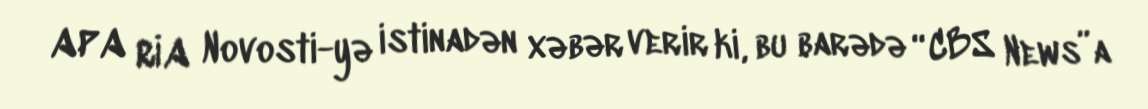
APA RİA Novosti-yə istinadən xəbər verir ki, bu barədə “CBS News”a